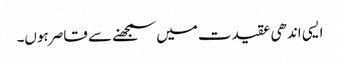
ایسی اندھی عقیدت میں سمجھنے سے قاصر ہوں۔